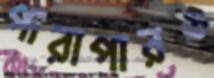
পারাপারও